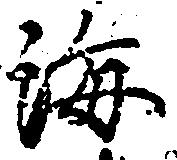
海